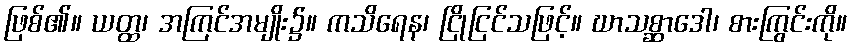
ဖြစ်၏။ ယတ္ထ၊ အကြင်အမျိုး၌။ ကသိရေန၊ ငြိုငြင်သဖြင့်။ ဃာသစ္ဆာဒေါ၊ စားကြွင်းကို။